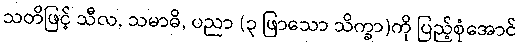
သတိဖြင့် သီလ, သမာဓိ, ပညာ (၃ ဖြာသော သိက္ခာ)ကို ပြည့်စုံအောင်